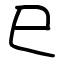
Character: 巳